65_HS1-834228961_62-HQ-83894_Section_6
Agency: FBI
Page 120
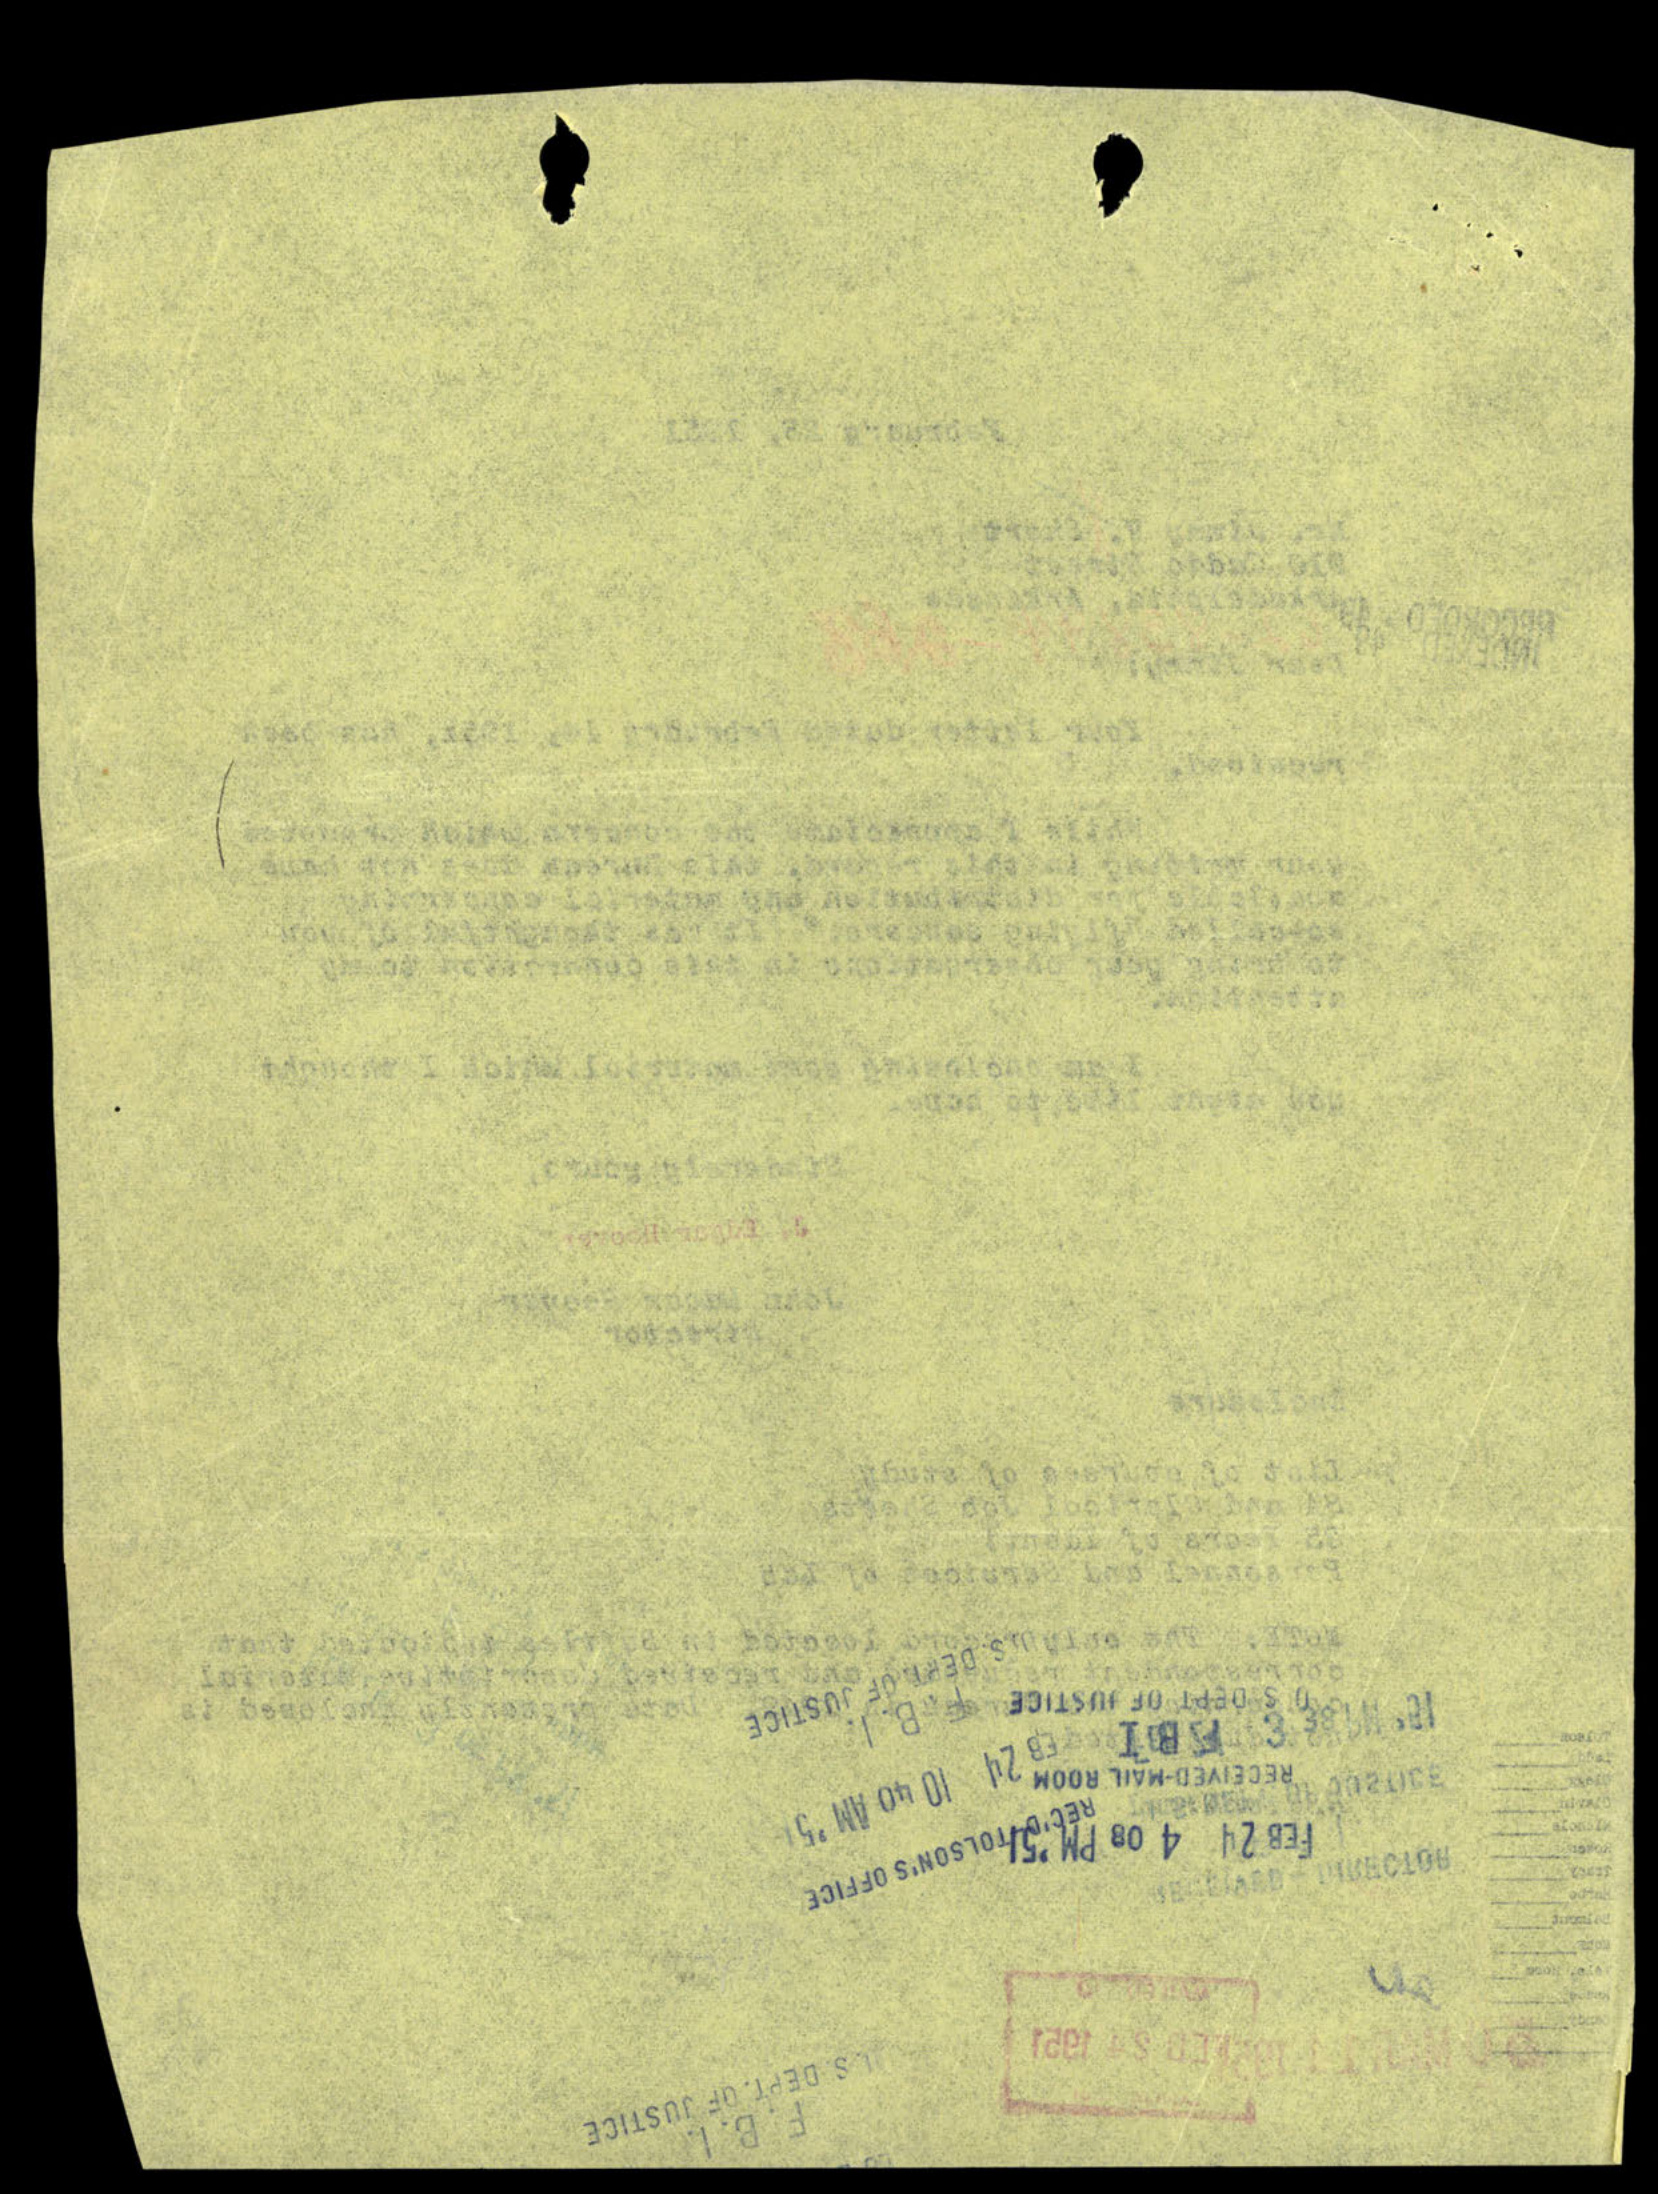